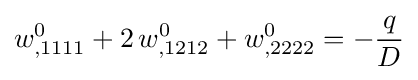
w_{,1111}^{0}+2\,w_{,1212}^{0}+w_{,2222}^{0}=-{\frac {q}{D}}